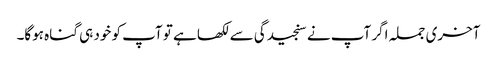
آخری جملہ اگر آپ نے سنجیدگی سے لکھا ہے تو آپ کو خود ہی گناہ ہوگا۔